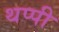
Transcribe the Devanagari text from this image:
थप्पी